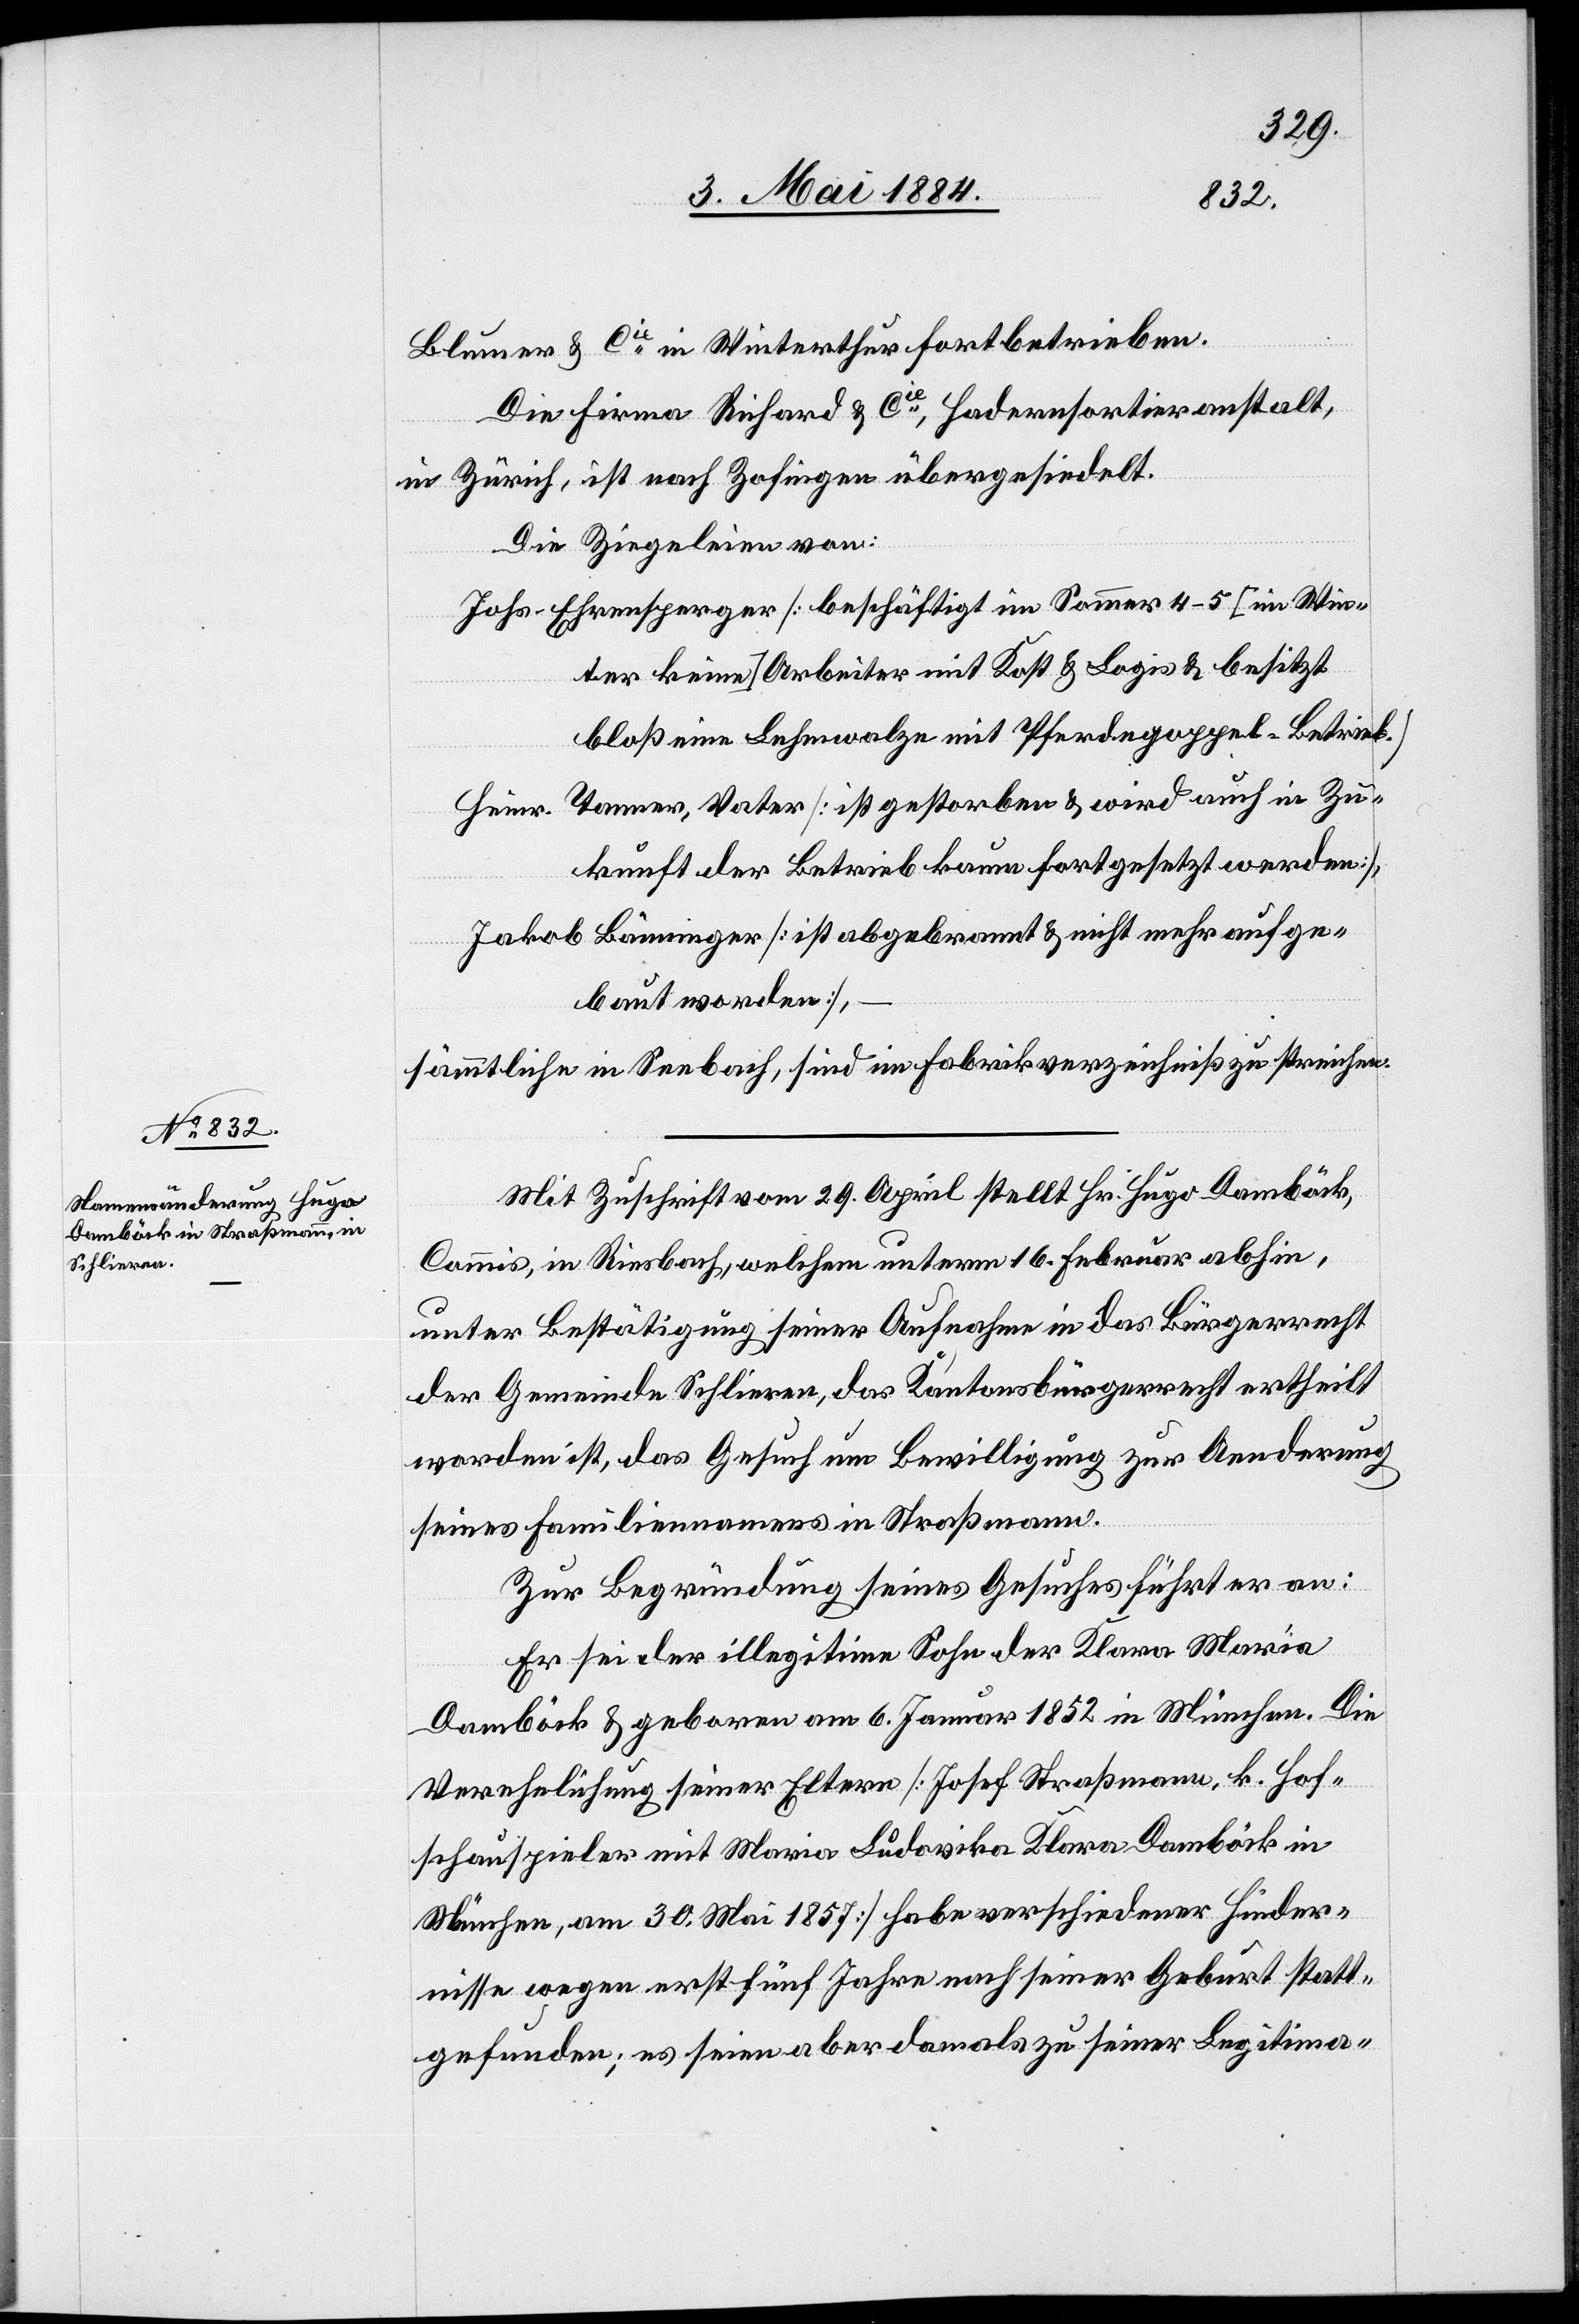
Blumer & Cie in Winterthur betrieben.
Die Firma Richard & Cie Hadernsortieranstalt,
in Zürich, ist nach Zofingen übergesiedelt.
Die Ziegeleien von:
Johs. Ehrensperger [beschäftigt im Sommer 4–5 [im Win¬
ter keine] Arbeiter mit Kost & Logis & besitzt
bloß eine Lehmwalze mit Pferdegoppel-Betrieb.]
Heinr. Tanner, Vater [ist gestorben & wird auch in Zu¬
kunft der Betrieb kaum fortgesetzt werden],
Jakob Bäuminger [ist abgebrannt & nicht mehr aufge¬
baut worden],
sämmtliche in Seebach, sind im Fabrikverzeichniß zu streichen.